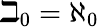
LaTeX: \beth_{0}=\aleph_{0}